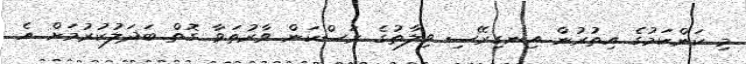
މި ކަންކަމުގެ އިތުރުން އިނގިރޭސި ވިލާތުގެ ރަސްކަން ވާރުތަވާ ގޮތް ބަދަލުކުރުމަށް އެ